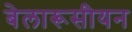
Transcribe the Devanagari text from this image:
बेलारूसीयन